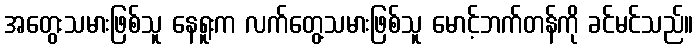
အတွေးသမားဖြစ်သူ နေရူးက လက်တွေ့သမားဖြစ်သူ မောင့်ဘက်တန်ကို ခင်မင်သည်။